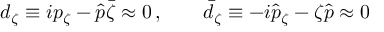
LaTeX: d _ { \zeta } \equiv i p _ { \zeta } - \hat { p } \bar { \zeta } \approx 0 \, , \qquad \bar { d } _ { \zeta } \equiv - i \hat { p } _ { \zeta } - \zeta \hat { p } \approx 0